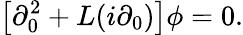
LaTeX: \left[\partial_{0}^{2}+L(i\partial_{0})\right]\phi=0.